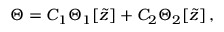
\Theta = C _ { 1 } \Theta _ { 1 } [ \widetilde { z } ] + C _ { 2 } \Theta _ { 2 } [ \widetilde { z } ] \, , \